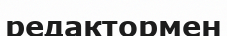
редактормен